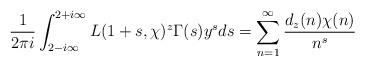
LaTeX: \begin{align*}\frac{1}{2\pi i} \int_{2-i\infty}^{2+i\infty} L(1+s,\chi)^z \Gamma(s) y^s ds = \sum_{n=1}^\infty \frac{d_z(n)\chi(n)}{n^s}\end{align*}